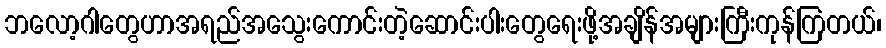
ဘလော့ဂါတွေဟာအရည်အသွေးကောင်းတဲ့ဆောင်းပါးတွေရေးဖို့အချိန်အများကြီးကုန်ကြတယ်၊